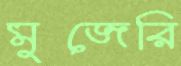
মুজেরি